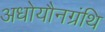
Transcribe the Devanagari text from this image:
अधोयौनग्रंथि